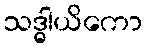
သဒ္ဓါယိကော